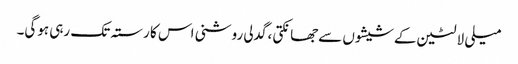
میلی لالٹین کےشیشوں سےجھانکتی ،گدلی روشنی اس کا رستہ تک رہی ہوگی۔